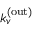
k _ { v } ^ { \mathrm { ( o u t ) } }